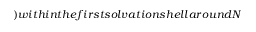
\AA ) w i t h i n t h e f i r s t s o l v a t i o n s h e l l a r o u n d N